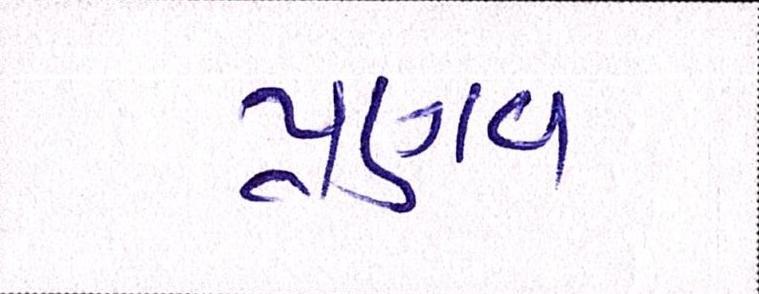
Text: પ્રણવ